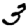
Digit: 3